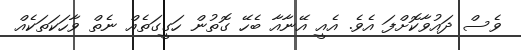
ވެސް ދައުވާކޮށްފަ އެވެ. އެއީ އޭނާއާ ބެހޭ ގޮތުން ހަގީގަތެއް ނެތް ވާހަކަތަކެއް